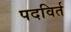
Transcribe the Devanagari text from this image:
पदविर्त